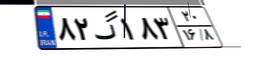
۶۰گ۹۸۹۲۷